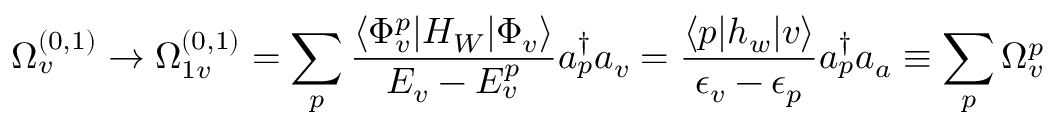
\Omega _ { v } ^ { ( 0 , 1 ) } \rightarrow \Omega _ { 1 v } ^ { ( 0 , 1 ) } = \sum _ { p } \frac { \langle \Phi _ { v } ^ { p } | H _ { W } | \Phi _ { v } \rangle } { { \cal E } _ { v } - { \cal E } _ { v } ^ { p } } a _ { p } ^ { \dagger } a _ { v } = \frac { \langle p | h _ { w } | v \rangle } { \epsilon _ { v } - \epsilon _ { p } } a _ { p } ^ { \dagger } a _ { a } \equiv \sum _ { p } \Omega _ { v } ^ { p }